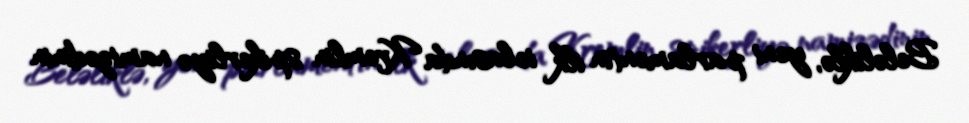
Beləliklə, yeni parlamentin ilk iclasında Kremlin spikerliyə namizədinin